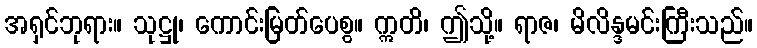
အရှင်ဘုရား။ သုဋ္ဌု၊ ကောင်းမြတ်ပေစွ။ ဣတိ၊ ဤသို့။ ရာဇ၊ မိလိန္ဒမင်းကြီးသည်။